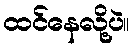
ထင်နေလို့ပဲ။